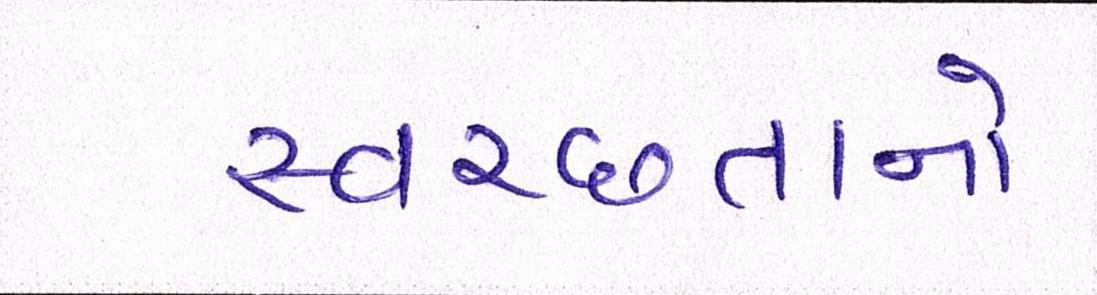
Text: સ્વચ્છતાનો